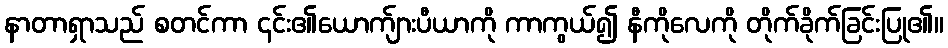
နာတာရှာသည် စတင်ကာ ၎င်း၏ယောက်ျားပီယာကို ကာကွယ်၍ နီကိုလေကို တိုက်ခိုက်ခြင်းပြု၏။